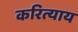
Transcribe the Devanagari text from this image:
करित्याय